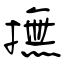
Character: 撫